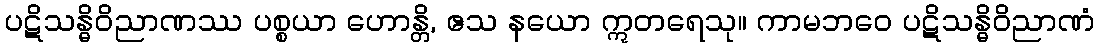
ပဋိသန္ဓိဝိညာဏဿ ပစ္စယာ ဟောန္တိ, ဧသ နယော ဣတရေသု။ ကာမဘဝေ ပဋိသန္ဓိဝိညာဏံ